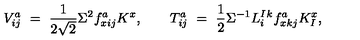
V _ { i j } ^ { a } \ = \ \frac { 1 } { 2 \sqrt 2 } \Sigma ^ { 2 } f _ { x i j } ^ { a } K ^ { x } , \qquad T _ { i j } ^ { a } \ = \ \frac 1 2 \Sigma ^ { - 1 } L _ { i } ^ { I } { } ^ { k } f _ { x k j } ^ { a } K _ { I } ^ { x } ,